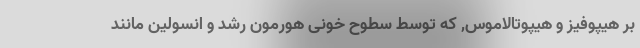
بر هیپوفیز و هیپوتالاموس, که توسط سطوح خونی هورمون رشد و انسولین مانند